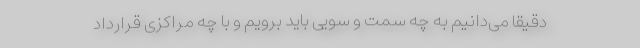
دقیقا می‌دانیم به چه سمت و سویی باید برویم و با چه مراکزی قرارداد